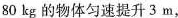
80kg的物体匀速提升3m，